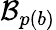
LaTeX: \mathcal{B}_{p(b)}